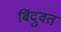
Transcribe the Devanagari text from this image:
बिंदुवत